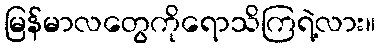
မြန်မာလတွေကိုရောသိကြရဲ့လား။